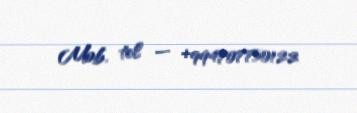
Mob. tel — +994707750122